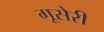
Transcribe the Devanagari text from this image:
गूसेरी